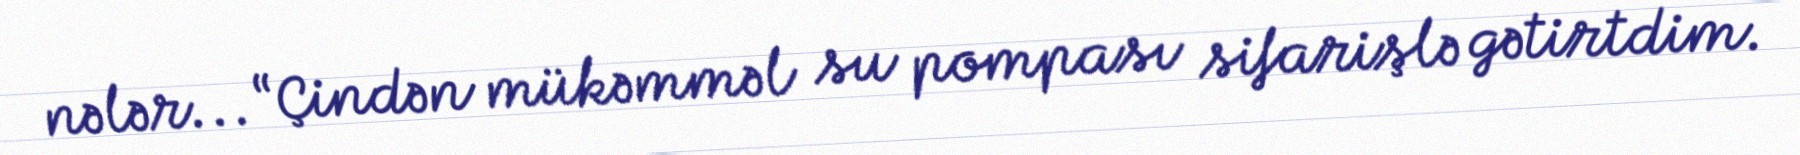
nələr... “Çindən mükəmməl su pompası sifarişlə gətirtdim.